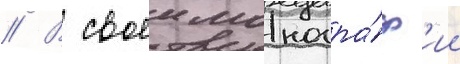
// В своеи моногра́ф'ии